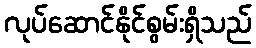
လုပ်ဆောင်နိုင်စွမ်းရှိသည်